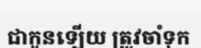
ជាកូនឡើយ ត្រូវចាំទុក